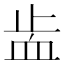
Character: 𧖭